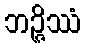
ဘဉ္ဇိဿံ